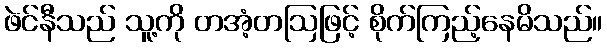
ဖဲင်နီသည် သူ့ကို တအံ့တဩဖြင့် စိုက်ကြည့်နေမိသည်။